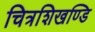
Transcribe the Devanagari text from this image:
चित्रशिखण्डि